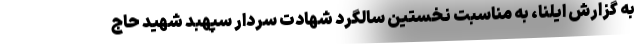
به گزارش ایلنا، به مناسبت نخستین سالگرد شهادت سردار سپهبد شهید حاج